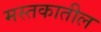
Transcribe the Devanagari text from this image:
मस्तकातील